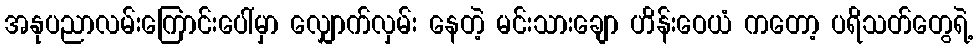
အနုပညာလမ်းကြောင်းပေါ်မှာ လျှောက်လှမ်း နေတဲ့ မင်းသားချော ဟိန်းဝေယံ ကတော့ ပရိသတ်တွေရဲ့